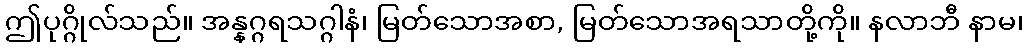
ဤပုဂ္ဂိုလ်သည်။ အန္နဂ္ဂရသဂ္ဂါနံ၊ မြတ်သောအစာ, မြတ်သောအရသာတို့ကို။ နလာဘီ နာမ၊